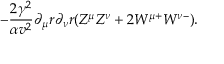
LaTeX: - \frac { 2 \gamma ^ { 2 } } { \alpha v ^ { 2 } } \partial _ { \mu } r \partial _ { \nu } r ( Z ^ { \mu } Z ^ { \nu } + 2 W ^ { \mu + } W ^ { \nu - } ) .